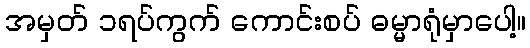
အမှတ် ၁ရပ်ကွက် ကောင်းစပ် ဓမ္မာရုံမှာပေါ့။